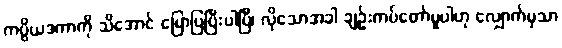
ကပ္ပိယဒကာကို သိအောင် ပြောပြပြီးပါပြီ၊ လိုသောအခါ ချဉ်းကပ်တော်မူပါဟု လျှောက်မှသာ